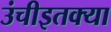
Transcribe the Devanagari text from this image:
उंचीइतक्या